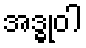
အဒ္ဓုဝါ